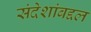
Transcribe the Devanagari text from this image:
संदेशांबद्दल